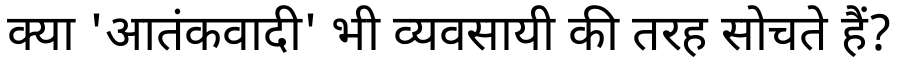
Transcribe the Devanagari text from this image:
क्या 'आतंकवादी' भी व्यवसायी की तरह सोचते हैं?